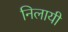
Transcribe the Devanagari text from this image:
निलायी